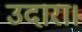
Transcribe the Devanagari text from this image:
उदारा।